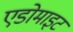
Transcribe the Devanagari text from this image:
एडोमाइट